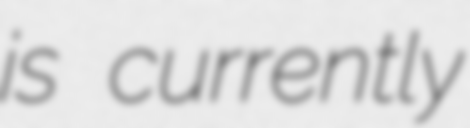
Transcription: is currently